Scientific memoirs by medical officers of the Army of India - Part X,
Year: 1897
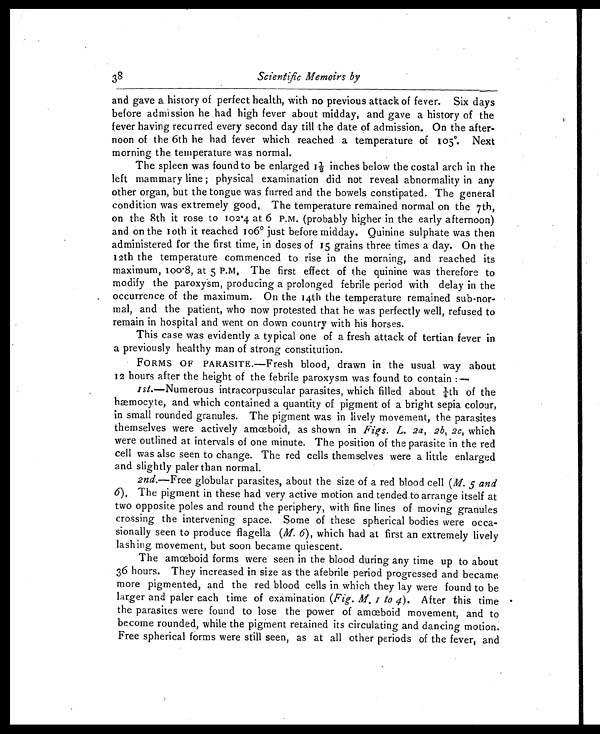
38
Scientific Memoirs by
and gave a history of perfect health, with no previous attack of fever. Six days
before admission he had high fever about midday, and gave a history of the
fever having recurred every second day till the date of admission. On the after-
noon of the 6th he had fever which reached a temperature of 105°. Next
morning the temperature was normal.
The spleen was found to be enlarged 1½ inches below the costal arch in the
left mammary line ; physical examination did not reveal abnormality in any
other organ, but the tongue was furred and the bowels constipated. The general
condition was extremely good. The temperature remained normal on the 7th,
on the 8th it rose to 102.4 at 6 P.M. (probably higher in the early afternoon)
and on the 10th it reached 106° just before midday. Quinine sulphate was then
administered for the first time, in doses of 15 grains three times a day. On the
12th the temperature commenced to rise in the morning, and reached its
maximum, 100.8, at 5 P.M, The first effect of the quinine was therefore to
modify the paroxysm, producing a prolonged febrile period with delay in the
occurrence of the maximum. On the 14th the temperature remained sub-nor-
mal, and the patient, who now protested that he was perfectly well, refused to
remain in hospital and went on down country with his horses.
This case was evidently a typical one of a fresh attack of tertian fever in
a previously healthy man of strong constitution.
FORMS OF PARASITE.—Fresh blood, drawn in the usual way about
12 hours after the height of the febrile paroxysm was found to contain :
—
1st.—Numerous intracorpuscular parasites, which filled about ¼th of the
hæmocyte, and which contained a quantity of pigment of a bright sepia colour,
in small rounded granules. The pigment was in lively movement, the parasites
themselves were actively amceboid, as shown in Figs. L. 2a, 2b, 2c, which
were outlined at intervals of one minute. The position of the parasite in the red
cell was also seen to change. The red cells themselves were a little enlarged
and slightly paler than normal.
2nd.—Free globular parasites, about the size of a red blood cell ( M. 5 and
6 ) . T h e p i g m e n t i n t h e s e h a d v e r y a c t i v e m o t i o n a n d t e n d e d t o a r r a n g e i t s e l f a t
two opposite poles and round the periphery, with fine lines of moving granules
crossing the intervening space. Some of these spherical bodies were occa-
sionally seen to produce flagella ( M. 6), which had at first an extremely lively
lashing, movement, but soon became quiescent.
The amœboid forms were seen in the blood during any time up to about
36 hours. They increased in size as the afebrile period progressed and became
more pigmented, and the red blood cells in which they lay were found to be
larger and paler each time of examination ( Fig. M. 1 to 4 ). After this time
the parasites were found to lose the power of amœboid movement, and to
become rounded, while the pigment retained its circulating and dancing motion.
Free spherical forms were still seen, as at all other periods of the fever, and